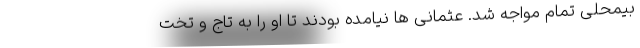
بیمحلی تمام مواجه شد. عثمانی ها نیامده بودند تا او را به تاج و تخت